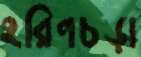
হরিণচড়া